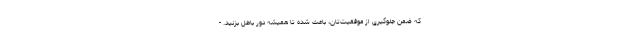
که ضمن جلوگیری از موفقیت‌تان، باعث شده تا همیشه دور باطل بزنید. -